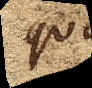
quae